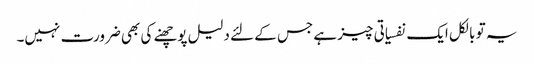
یہ تو بالکل ایک نفسیاتی چیز ہے جس کے لئے دلیل پوچھنے کی بھی ضرورت نہیں۔